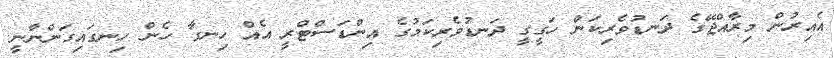
އެއިރުން މިރާއްޖޭގެ ދަނޑުވެރިކަން ހަގީގީ ދަނޑުވެރިކަމުގެ އިންޑަސްޓްރީ އެއް ހިނގާ ހެން ހިނގައިގަންނާނީ.